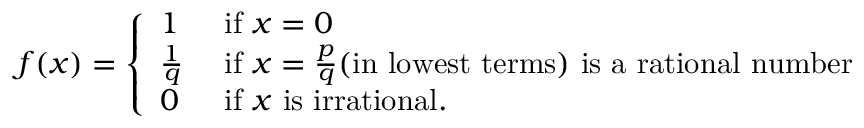
f ( x ) = { \left\{ \begin{array} { l l } { 1 } & { { \mathrm { ~ i f ~ } } x = 0 } \\ { { \frac { 1 } { q } } } & { { \mathrm { ~ i f ~ } } x = { \frac { p } { q } } { \mathrm { ( i n ~ l o w e s t ~ t e r m s ) ~ i s ~ a ~ r a t i o n a l ~ n u m b e r } } } \\ { 0 } & { { \mathrm { ~ i f ~ } } x { \mathrm { ~ i s ~ i r r a t i o n a l } } . } \end{array} \right. }